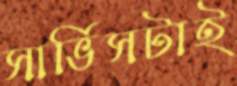
সার্ভিসটাই